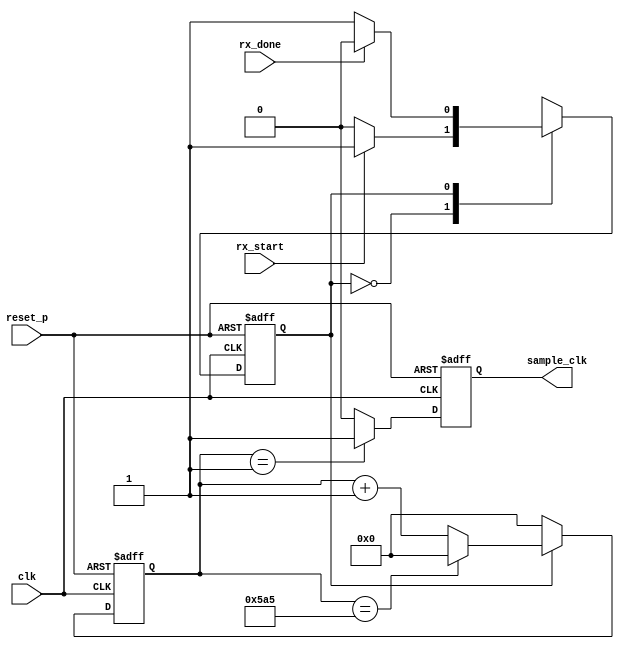
`timescale 1ns / 1ps

module rx_clk_gen
#(
	parameter	CLK_FREQUENCE	= 125_000_000,	//hz
				BAUD_RATE		= 9600		 	//960019200 38400 57600 115200230400460800921600
)
(
	input					clk			,
	input					reset_p		,
	input					rx_start	,
	input					rx_done		,
	output	reg				sample_clk	 
);

localparam	SMP_CLK_CNT	=	CLK_FREQUENCE/BAUD_RATE/9 - 1,
			CNT_WIDTH	=	log2(SMP_CLK_CNT)			 ;

reg		[CNT_WIDTH-1:0]	clk_count	;
reg		cstate;
reg		nstate;
//FSM-1	1'b0:IDLE 1'b1:RECEIVE
always @(posedge clk or posedge reset_p) begin
	if (reset_p) begin
		cstate <= 1'b0;
	end else begin
		cstate <= nstate;
	end
end
//FSM-2
always @(*) begin
	case (cstate)
		1'b0: nstate = rx_start ? 1'b1 : 1'b0;
		1'b1: nstate = rx_done ? 1'b0 : 1'b1 ;
		default: nstate = 1'b0;
	endcase
end
//FSM-3 FSM's output(clk_count_en) is equal to cstate

//sample_clk_counter
always @(posedge clk or posedge reset_p) begin
	if (reset_p) 
		clk_count <= 'd0;
	else if (!cstate) 
		clk_count <= 'd0;
	else if (clk_count == SMP_CLK_CNT)
		clk_count <= 'd0;
	else
		clk_count <= clk_count + 1'b1;
end
//generate sample_clk = 9xBAUD_RATE
always @(posedge clk or posedge reset_p) begin
	if (reset_p) 
		sample_clk <= 1'b0;
	else if (clk_count == 1'b1) 
		sample_clk <= 1'b1;
	else 
		sample_clk <= 1'b0;
end
//get the width of sample_clk_counter
function integer log2(input integer v);
  begin
	log2=0;
	while(v>>log2) 
	  log2=log2+1;
  end
endfunction

endmodule